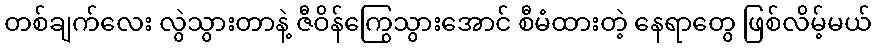
တစ်ချက်လေး လွဲသွားတာနဲ့ ဇီဝိန်ကြွေသွားအောင် စီမံထားတဲ့ နေရာတွေ ဖြစ်လိမ့်မယ်